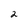
Character: 2